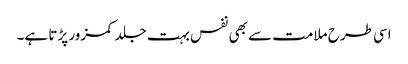
اسی طرح ملامت سے بھی نفس بہت جلد کمزور پڑتا ہے۔